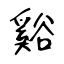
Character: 谿